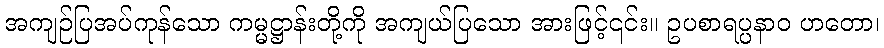
အကျဉ်ပြအပ်ကုန်သော ကမ္မဋ္ဌာန်းတို့ကို အကျယ်ပြသော အားဖြင့်၎င်း။ ဥပစာရပ္ပနာဝ ဟတော၊